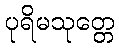
ပုရိမသုတ္တေ